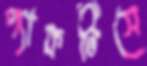
প্যাকটিসে